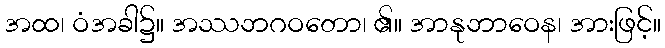
အထ၊ ဝံအခါ၌။ အဿဘဂဝတော၊ ၏။ အာနုဘာဝေန၊ အားဖြင့်။